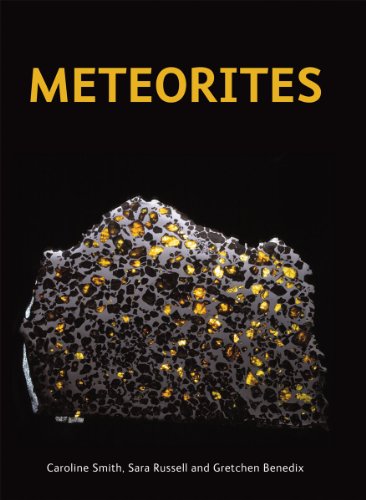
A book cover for Meteorites; Caroline Smith; Science & Math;